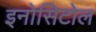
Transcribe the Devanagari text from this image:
इनोसिटोल